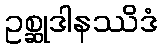
ဥစ္ဆုဒါနဿိဒံ